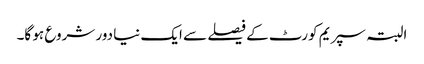
البتہ سپریم کورٹ کے فیصلے سے ایک نیا دور شروع ہو گا۔